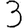
Digit: 3